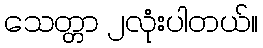
သေတ္တာ ၂လုံးပါတယ်။